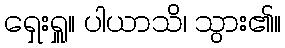
ရှေးရှူ။ ပါယာသိ၊ သွား၏။